Senior Leaving Certificate Examination (including Day School Certificate (Higher) General paper), 1947
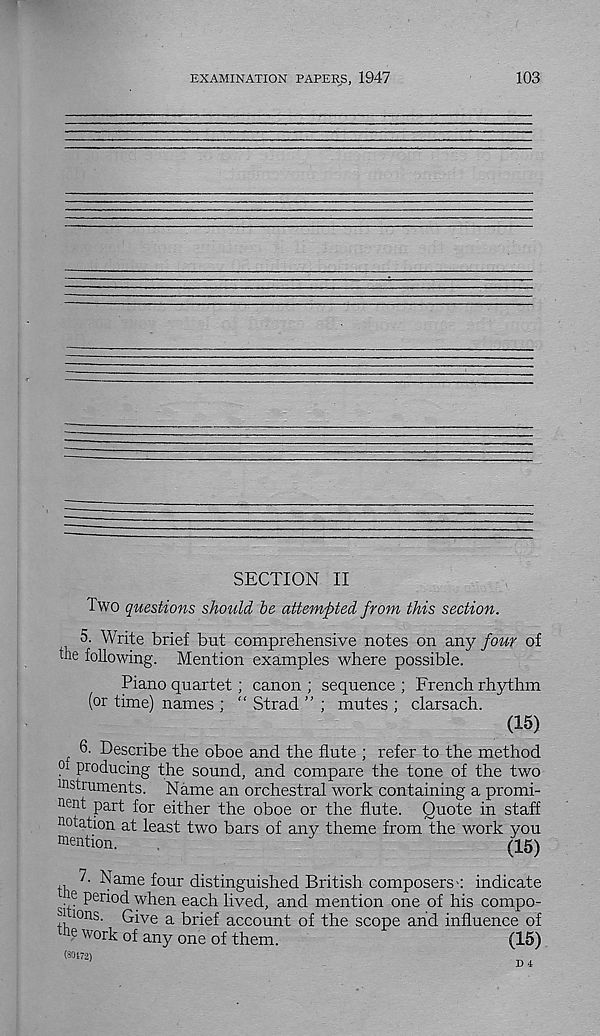
EXAMINATION PAPERS, 1947
103
SECTION II
Two questions should be attempted from this section.
5. Write brief but comprehensive notes on any four of
the following. Mention examples where possible.
Piano quartet; canon ; sequence ; French rhythm
(or time) names ; “ Strad ” ; mutes ; clarsach.
(15)
t 6' Describe the oboe and the flute ; refer to the method
0i producing the sound, and compare the tone of the two
Mstruments. Name an orchestral work containing a promi-
ne nt part for either the oboe or the flute. Quote in staff
notation at least two bars of any theme from the work you
mention.
(15)
7. Name four distinguished British composers': indicate
■ e P er iod when each lived, and mention one of his compo-
Sjions. Give a brief account of the scope and influence of
% work of any one of them.
(15)
(80172)